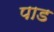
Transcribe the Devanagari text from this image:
पाड